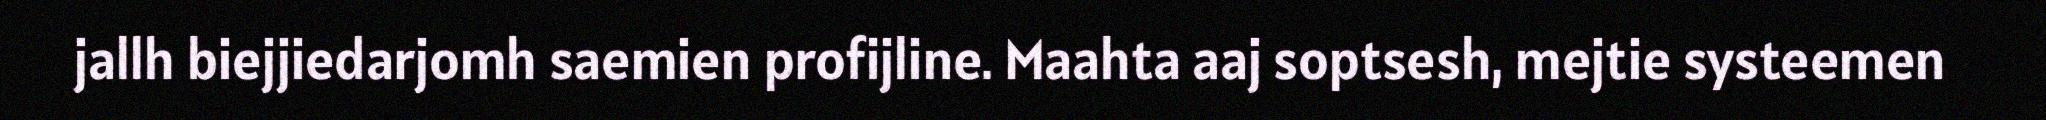
jallh biejjiedarjomh saemien profijline. Maahta aaj soptsesh, mejtie systeemen